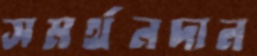
সমর্থনদান